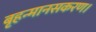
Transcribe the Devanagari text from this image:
बृहन्मानसकरण।